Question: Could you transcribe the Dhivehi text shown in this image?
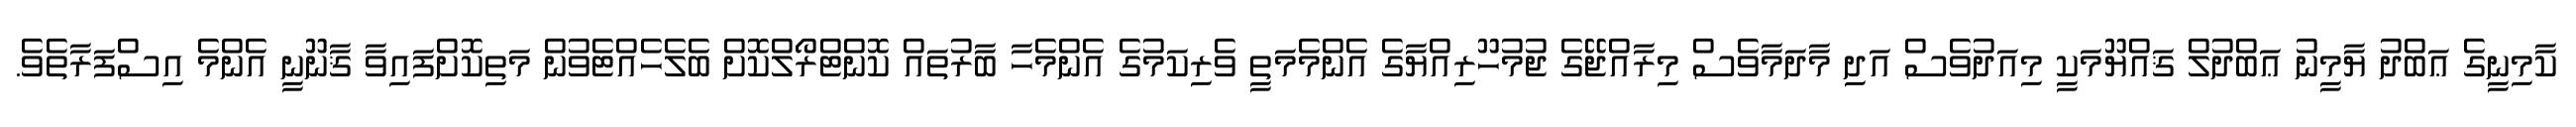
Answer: ކާމިނީގެ ޢަބްދު ޔާމީނު ޢަބްދުލް ޤައްޔޫމަކީ މިއަދުވެސް އަދި މާދަމާވެސް މިރާއްޖޭގެ ޖުމުހޫރިއްޔާގެ އެންމެމަތީ ވެރިކަމުގެ އެންމެހާ ބާރުތައް ކޮންޓްރޯލްކޮށް ބެލެހެއްޓެވުން މަތިކޮށްފައިވާ ޤާނޫނީ އެންމެ އިސްފަރާތެވެ.